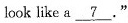
look like a \underline{7} ."